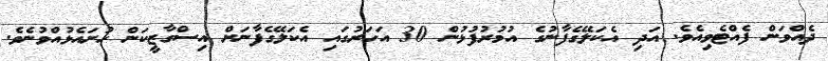
ދެއްވަން ފެއްޓެވިއެވެ. އަދި އެކަލޭގެފާނުގެ އުމުރުފުޅުން 30 އަހަރުގައި އެކަލޭގެފާނަށް އިސްގާޒީކަން ހުށައެޅުއްވުނެވެ.